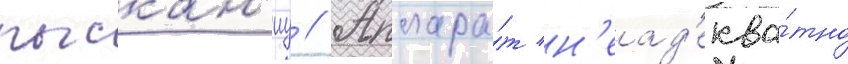
рыскан'иу // Аппара́т н'еад'еква́тно